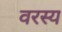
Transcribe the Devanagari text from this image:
वरस्य